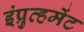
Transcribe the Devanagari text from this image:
इंप्रुव्हमेंट